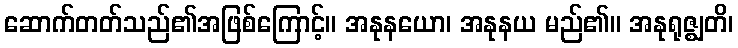
ဆောက်တတ်သည်၏အဖြစ်ကြောင့်။ အနုနယော၊ အနုနယ မည်၏။ အနုရုဇ္ဈတိ၊